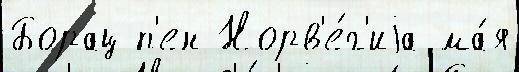
Борац п'ен Норв'е́г'иjа ма́я